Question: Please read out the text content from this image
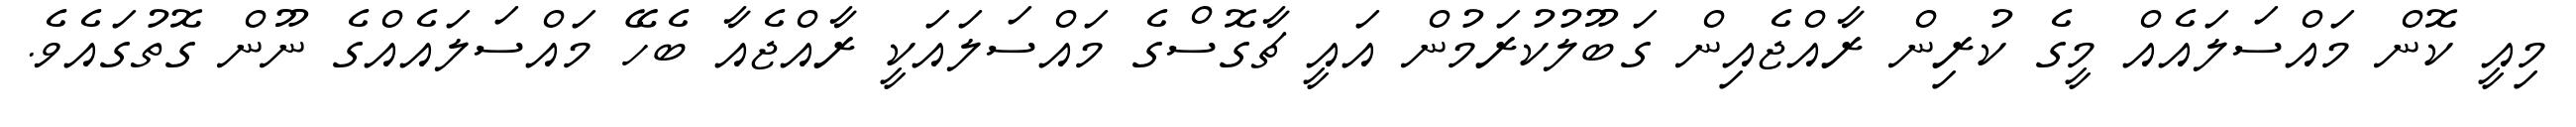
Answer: މިއީ ކޮން މައްސަލައެއް މީގެ ކުރިން ރާއްޖެއިން ގަބޫލުކުރަމުން އައީ ޗާގޮސްގެ މައްސަލައަކީ ރާއްޖެއާ ބެހޭ މައްސަލައެއްގެ ނޫން ގޮތުގައެވެ.